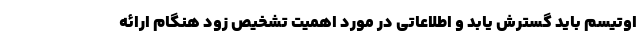
اوتیسم باید گسترش یابد و اطلاعاتی در مورد اهمیت تشخیص زود هنگام ارائه